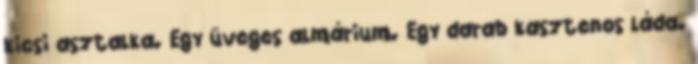
kicsi asztalka. Egy üveges almárium. Egy darab kasztenos láda.